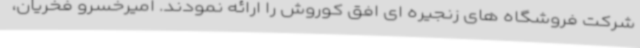
شرکت فروشگاه های زنجیره ای افق کوروش را ارائه نمودند. امیرخسرو فخریان،